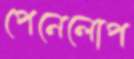
পেনেলোপ